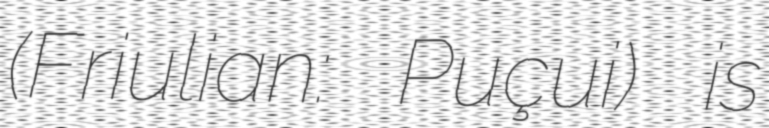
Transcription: (Friulian: Puçui) is